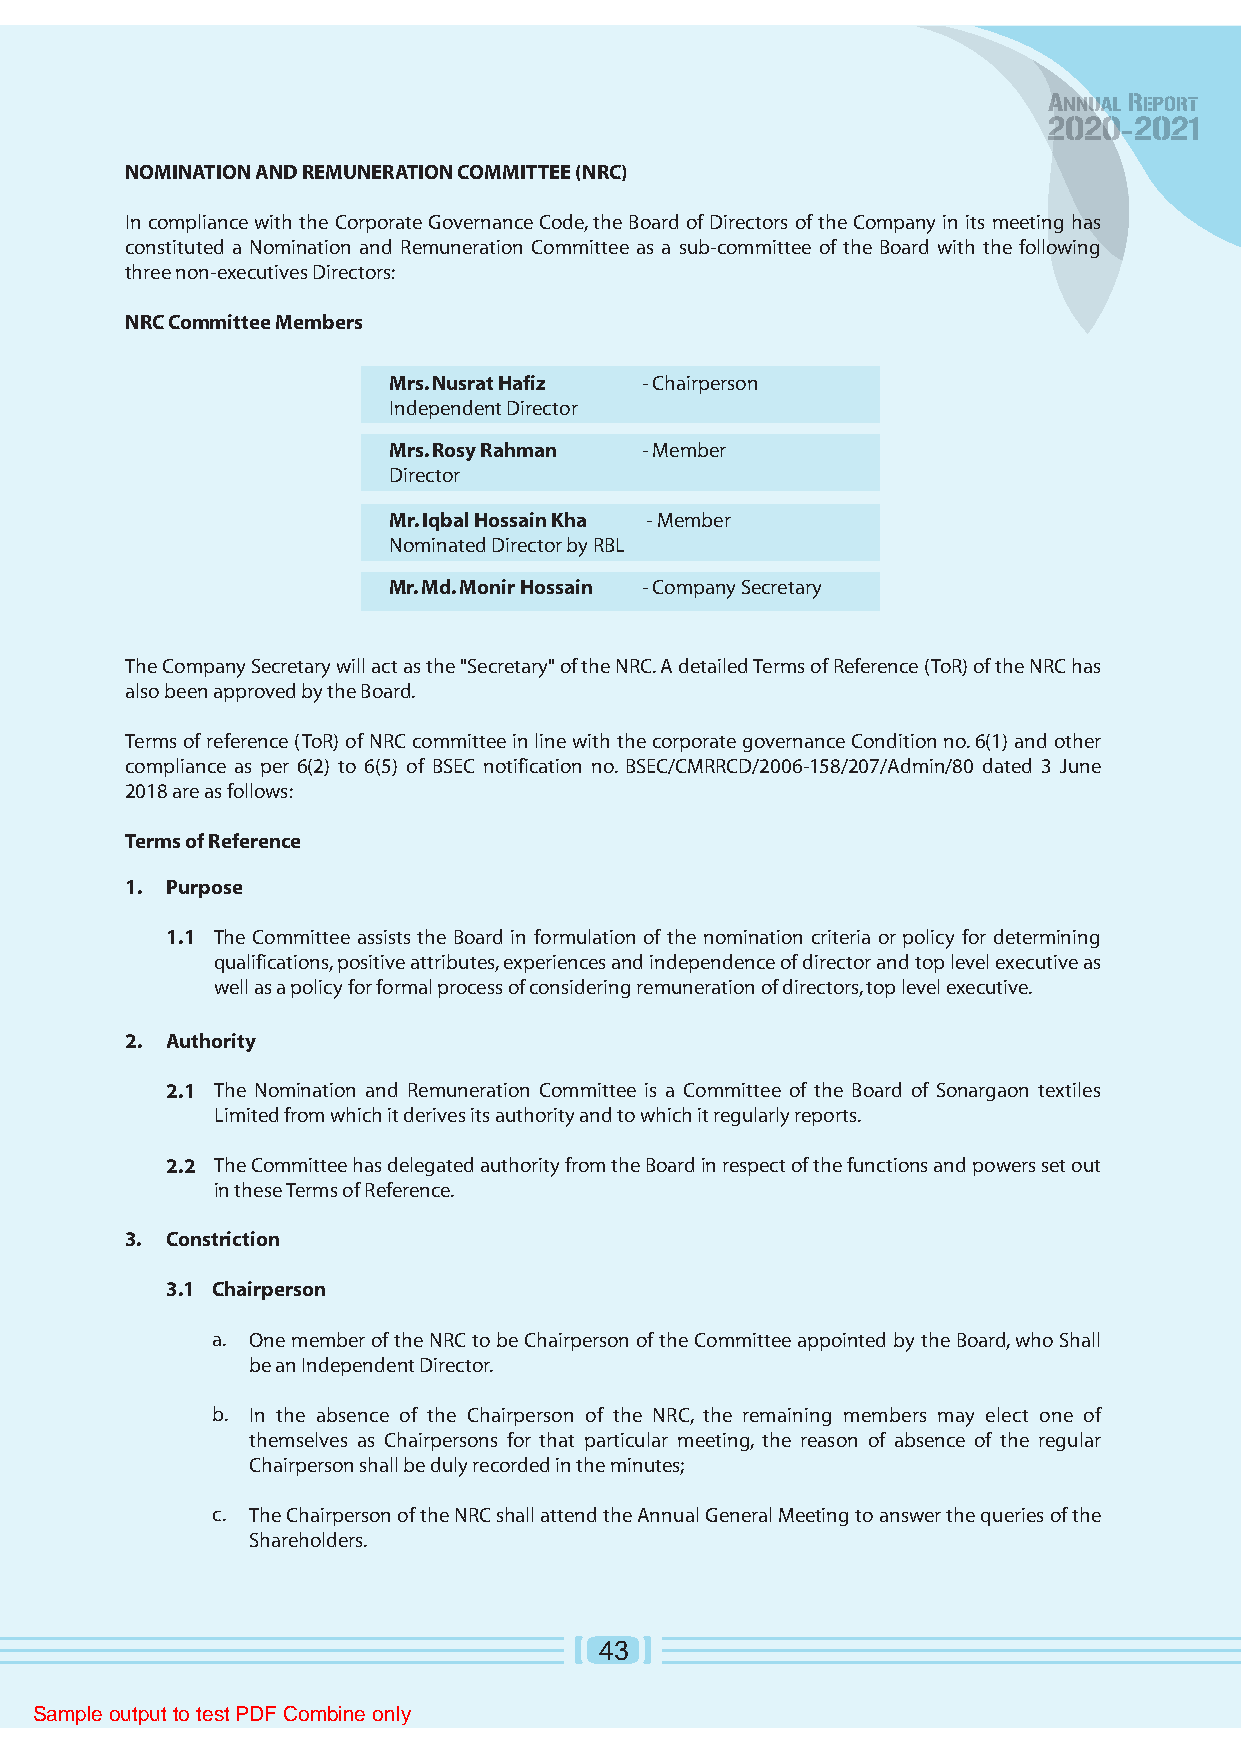
NOMINATION AND REMUNERATION COMMITTEE (NRC)
 In compliance with the Corporate Governance Code, the Board of Directors of the Company in its meeting has
 constituted a Nomination and Remuneration Committee as a sub-committee of the Board with the following
 three non-executives Directors:
 NRC Committee Members
 Mrs. Nusrat Hafiz - Chairperson
 Independent Director
 Mrs. Rosy Rahman - Member
 Director
 Mr. Iqbal Hossain Kha - Member
 Nominated Director by RBL
 Mr. Md. Monir Hossain - Company Secretary
 The Company Secretary will act as the "Secretary" of the NRC. A detailed Terms of Reference (ToR) of the NRC has
 also been approved by the Board.
 Terms of reference (ToR) of NRC committee in line with the corporate governance Condition no. 6(1) and other
 compliance as per 6(2) to 6(5) of BSEC notification no. BSEC/CMRRCD/2006-158/207/Admin/80 dated 3 June
 2018 are as follows:
 Terms of Reference
 1. Purpose
 1.1 The Committee assists the Board in formulation of the nomination criteria or policy for determining
 qualifications, positive attributes, experiences and independence of director and top level executive as
 well as a policy for formal process of considering remuneration of directors, top level executive.
 2. Authority
 2.1 The Nomination and Remuneration Committee is a Committee of the Board of Sonargaon textiles
 Limited from which it derives its authority and to which it regularly reports.
 2.2 The Committee has delegated authority from the Board in respect of the functions and powers set out
 in these Terms of Reference.
 3. Constriction
 3.1 Chairperson
 a. One member of the NRC to be Chairperson of the Committee appointed by the Board, who Shall
 be an Independent Director.
 b. In the absence of the Chairperson of the NRC, the remaining members may elect one of
 themselves as Chairpersons for that particular meeting, the reason of absence of the regular
 Chairperson shall be duly recorded in the minutes;
 c. The Chairperson of the NRC shall attend the Annual General Meeting to answer the queries of the
 Shareholders.
 43
 Sample output to test PDF Combine only